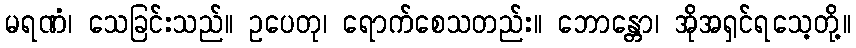
မရဏံ၊ သေခြင်းသည်။ ဥပေတု၊ ရောက်စေသတည်း။ ဘောန္တော၊ အိုအရှင်ရသေ့တို့။